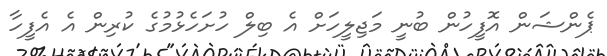
ޕެންޝަން އޮފީހުން ބުނީ މަޖިލީހަށް އެ ބިލް ހުށަހެޅުމުގެ ކުރިން އެ އެފީހާ